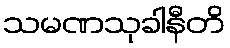
သမဏသုခါနီတိ